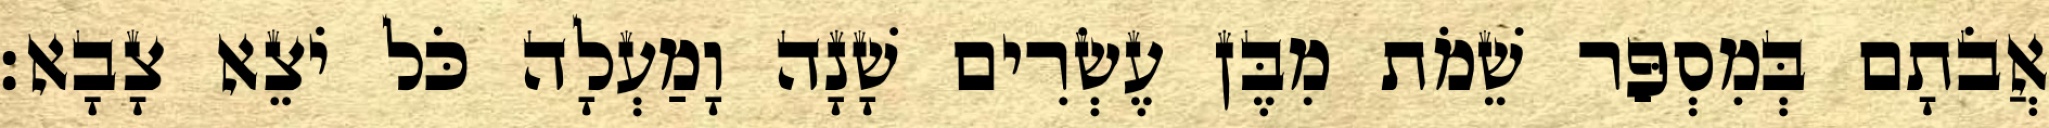
אֲבֹתָם בְּמִסְפַּר שֵׁמֹת מִבֶּן עֶשְׂרִים שָׁנָה וָמַעְלָה כֹּל יֹצֵא צָבָא׃